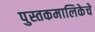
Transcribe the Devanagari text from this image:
पुस्तकमालिकेचे